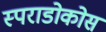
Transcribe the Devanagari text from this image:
स्पराडोकोस